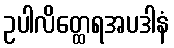
ဥပါလိတ္ထေရအပဒါနံ